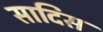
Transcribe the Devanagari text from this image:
सादिस